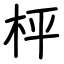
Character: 枰